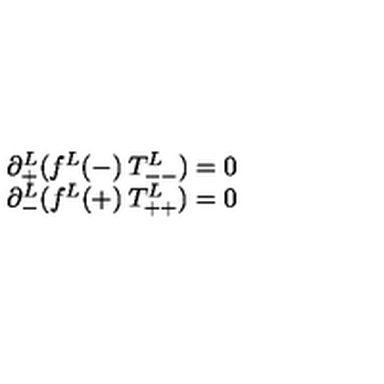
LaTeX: \begin{array} { l l } { \partial _ { + } ^ { L } ( f ^ { L } ( - ) \: T _ { -- } ^ { L } ) = 0 } \\ { \partial _ { - } ^ { L } ( f ^ { L } ( + ) \: T _ { + + } ^ { L } ) = 0 } \\ \end{array}